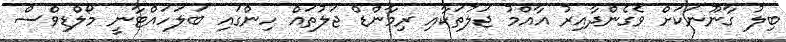
ބިލު ގާނޫނަކަށް ވެގެންދާއިރު އާއްމު ޖަލުތަކާއި ރިމާންޑް ޖަލުތައް ހިންގައި ބަލަހައްޓާނީ މޯލްޑިވްސް